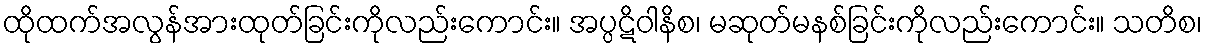
ထိုထက်အလွန်အားထုတ်ခြင်းကိုလည်းကောင်း။ အပ္ပဋိဝါနိစ၊ မဆုတ်မနစ်ခြင်းကိုလည်းကောင်း။ သတိစ၊